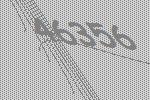
46356